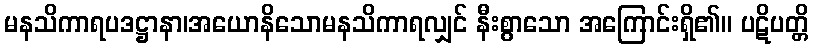
မနသိကာရပဒဋ္ဌာနာ၊အယောနိသောမနသိကာရလျှင် နီးစွာသော အကြောင်းရှိ၏။ ပဋိပတ္တိ